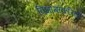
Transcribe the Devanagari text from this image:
विभागांकरिता